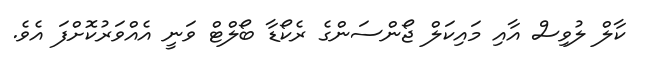
ކާލް ލުވިސް އާއި މައިކަލް ޖޯންސަންގެ ރެކޯޑާ ބޯލްޓް ވަނީ އެއްވަރުކޮށްފަ އެވެ.